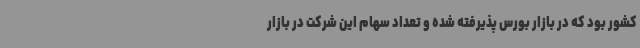
کشور بود که در بازار بورس پذیرفته شده و تعداد سهام این شرکت در بازار